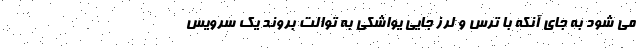
می شود به جای آنکه با ترس و لرز جایی یواشکی به توالت بروند یک سرویس